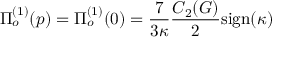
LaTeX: \Pi _ { o } ^ { ( 1 ) } ( p ) = \Pi _ { o } ^ { ( 1 ) } ( 0 ) = \frac { 7 } { 3 \kappa } \frac { C _ { 2 } ( G ) } { 2 } \mathrm { s i g n } ( \kappa )